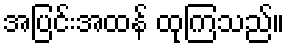
အပြင်းအထန် ထုကြသည်။